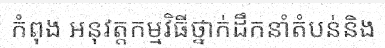
កំពុង អនុវត្តកម្មវិធីថ្នាក់ដឹកនាំតំបន់និង